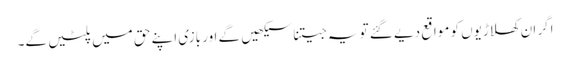
اگر ان کھلاڑیوں کو مواقع دیے گئے تو یہ جیتنا سیکھیں گے اور بازی اپنے حق میں پلٹیں گے۔